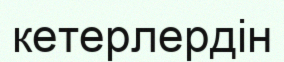
кетерлердін